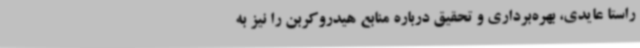
راستا عایدی، بهره‌برداری و تحقیق درباره منابع هیدروکربن را نیز به